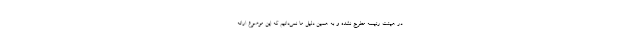
در هیئت رئیسه مطرح نشده و به همین دلیل ما نمی‌دانیم که این موضوع ارائه